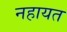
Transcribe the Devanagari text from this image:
नहायत